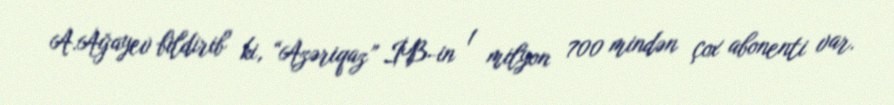
A.Ağayev bildirib ki, “Azəriqaz” İB-in 1 milyon 700 mindən çox abonenti var.